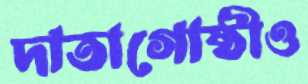
দাতাগোষ্ঠীও